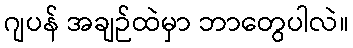
ဂျပန် အချဉ်ထဲမှာ ဘာတွေပါလဲ။